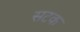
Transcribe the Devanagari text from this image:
सटक